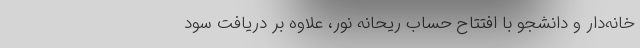
خانه‌دار و دانشجو با افتتاح حساب ریحانه نور، علاوه بر دریافت سود